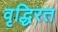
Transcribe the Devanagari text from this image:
वृद्धिरत